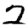
Digit: 2